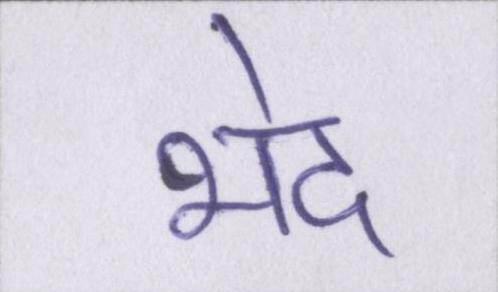
भेद